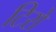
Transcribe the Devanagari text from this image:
टिरो